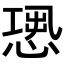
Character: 𢝭